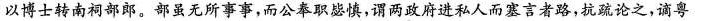
以博士转南祠部郎。部虽无所事事，而公奉职毖慎，谓两政府进私人而塞言者路，抗疏论之，谪粤